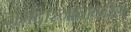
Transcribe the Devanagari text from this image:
नर्मदास्नानाकरिता